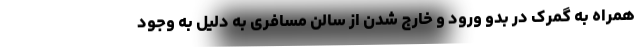
همراه به گمرک در بدو ورود و خارج شدن از سالن مسافری به دلیل به وجود